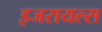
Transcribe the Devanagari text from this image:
इजरायल्स